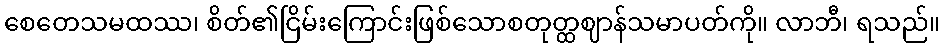
စေတေသမထဿ၊ စိတ်၏ငြိမ်းကြောင်းဖြစ်သောစတုတ္ထဈာန်သမာပတ်ကို။ လာဘီ၊ ရသည်။